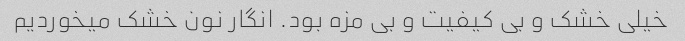
خیلی خشک و بی کیفیت و بی مزه بود. انگار نون خشک میخوردیم